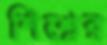
শিশ্নের